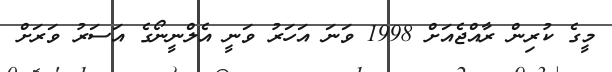
މީގެ ކުރިން ރާއްޖެއަށް 1998 ވަނަ އަހަރު ވަނީ އެލްނީނޯގެ އަސަރު ވަރަށް